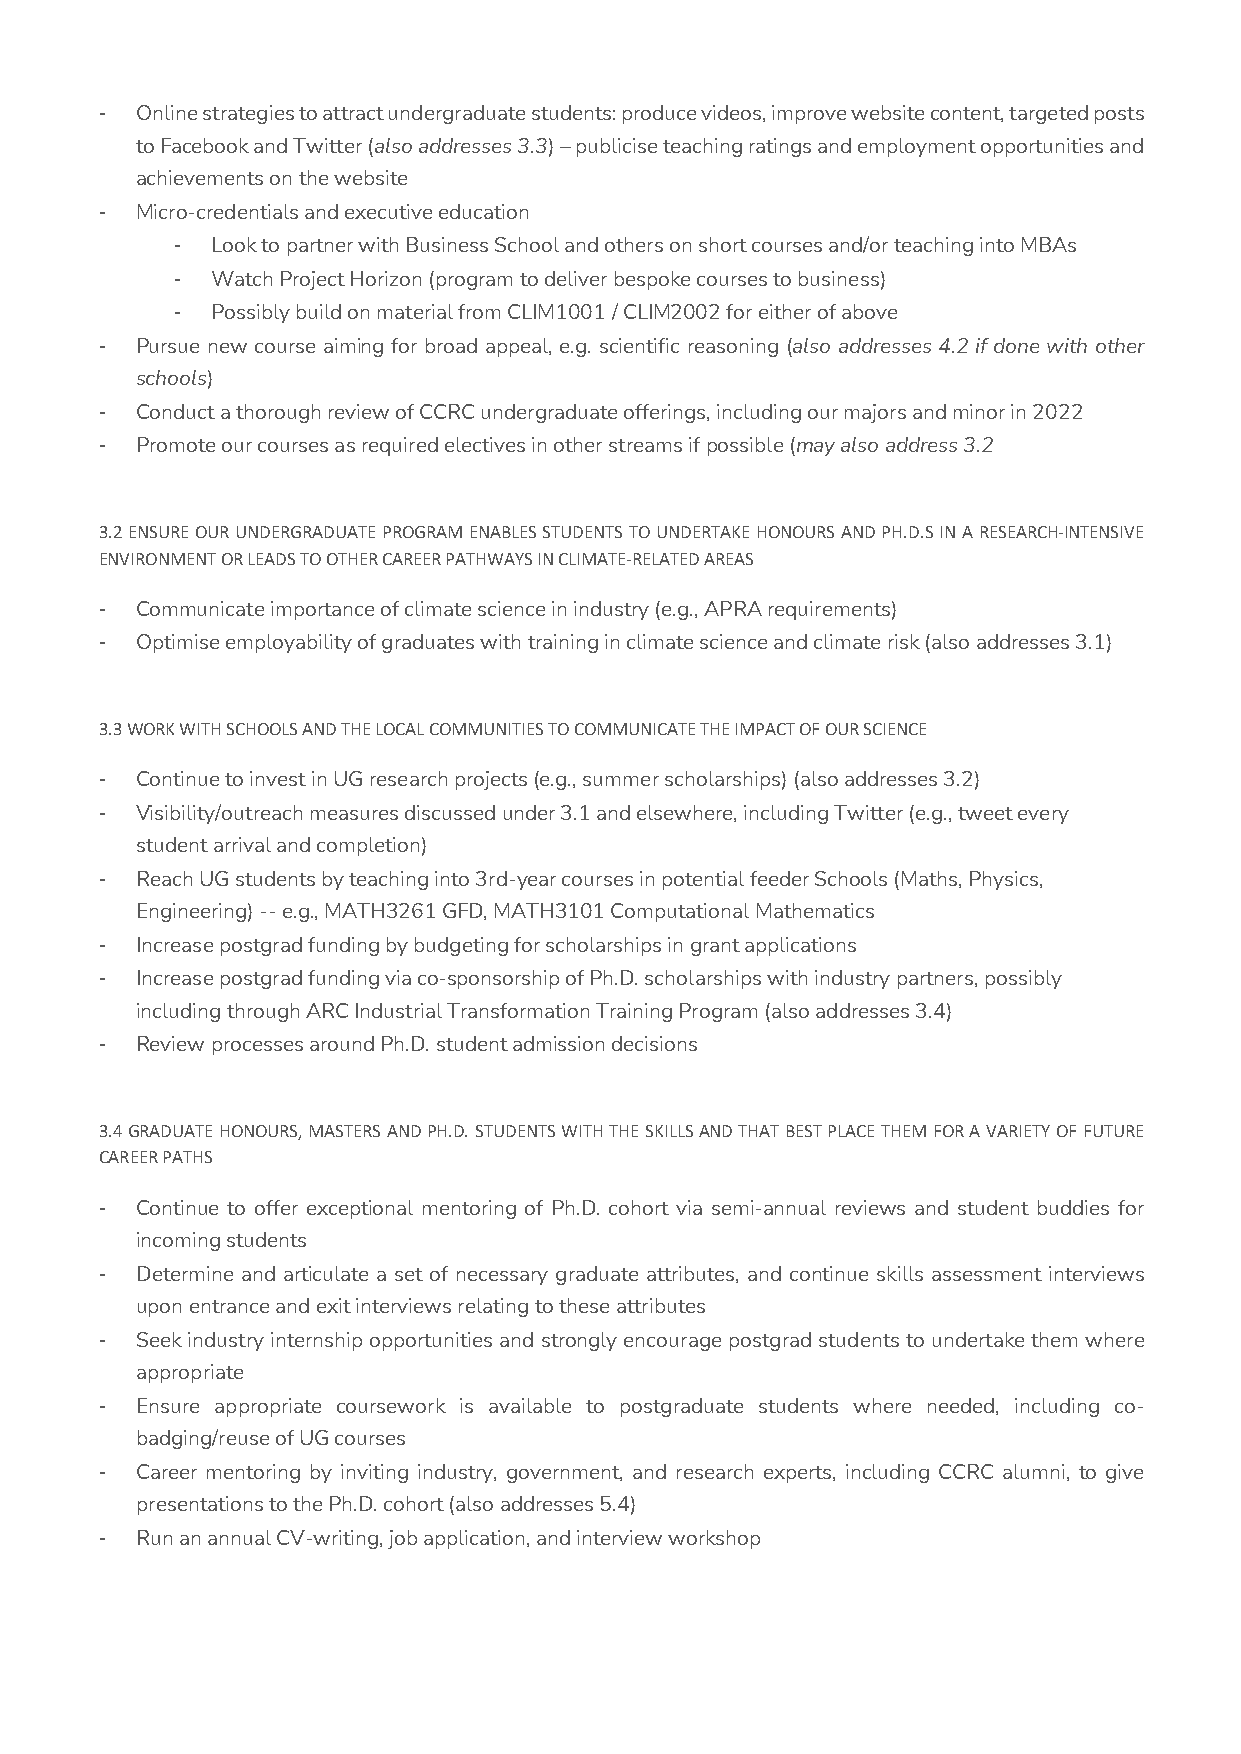
- Online strategies to attract undergraduate students: produce videos, improve website content, targeted posts
 to Facebook and Twitter (also addresses 3.3) – publicise teaching ratings and employment opportunities and
 achievements on the website
 - Micro-credentials and executive education
 -  Look to partner with Business School and others on short courses and/or teaching into MBAs
 -  Watch Project Horizon (program to deliver bespoke courses to business)
 -  Possibly build on material from CLIM1001 / CLIM2002 for either of above
 - Pursue new course aiming for broad appeal, e.g. scientific reasoning (also addresses 4.2 if done with other
 schools)
 - Conduct a thorough review of CCRC undergraduate offerings, including our majors and minor in 2022
 - Promote our courses as required electives in other streams if possible (may also address 3.2
 3.2 ENSURE OUR UNDERGRADUATE PROGRAM ENABLES STUDENTS TO UNDERTAKE HONOURS AND PH.D.S IN A RESEARCH-INTENSIVE
 ENVIRONMENT OR LEADS TO OTHER CAREER PATHWAYS IN CLIMATE-RELATED AREAS
 - Communicate importance of climate science in industry (e.g., APRA requirements)
 - Optimise employability of graduates with training in climate science and climate risk (also addresses 3.1)
 3.3 WORK WITH SCHOOLS AND THE LOCAL COMMUNITIES TO COMMUNICATE THE IMPACT OF OUR SCIENCE
 - Continue to invest in UG research projects (e.g., summer scholarships) (also addresses 3.2)
 - Visibility/outreach measures discussed under 3.1 and elsewhere, including Twitter (e.g., tweet every
 student arrival and completion)
 - Reach UG students by teaching into 3rd-year courses in potential feeder Schools (Maths, Physics,
 Engineering) -- e.g., MATH3261 GFD, MATH3101 Computational Mathematics
 - Increase postgrad funding by budgeting for scholarships in grant applications
 - Increase postgrad funding via co-sponsorship of Ph.D. scholarships with industry partners, possibly
 including through ARC Industrial Transformation Training Program (also addresses 3.4)
 - Review processes around Ph.D. student admission decisions
 3.4 GRADUATE HONOURS, MASTERS AND PH.D. STUDENTS WITH THE SKILLS AND THAT BEST PLACE THEM FOR A VARIETY OF FUTURE
 CAREER PATHS
 - Continue to offer exceptional mentoring of Ph.D. cohort via semi-annual reviews and student buddies for
 incoming students
 - Determine and articulate a set of necessary graduate attributes, and continue skills assessment interviews
 upon entrance and exit interviews relating to these attributes
 - Seek industry internship opportunities and strongly encourage postgrad students to undertake them where
 appropriate
 - Ensure appropriate coursework is available to postgraduate students where needed, including co-
 badging/reuse of UG courses
 - Career mentoring by inviting industry, government, and research experts, including CCRC alumni, to give
 presentations to the Ph.D. cohort (also addresses 5.4)
 - Run an annual CV-writing, job application, and interview workshop